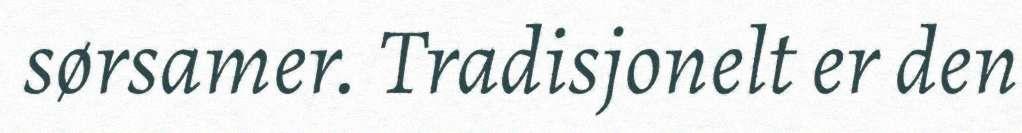
sørsamer. Tradisjonelt er den